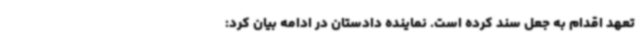
تعهد اقدام به جعل سند کرده است. نماینده دادستان در ادامه بیان کرد: